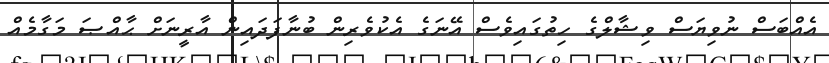
އެއްބަސް ނުވިޔަސް ވިޝާލްގެ ހިތުގައިވެސް އޭނަގެ އެކުވެރިން ބުނާފަދައިން އާރީނަށް ޙާއްޞަ މަގާމެއް